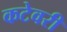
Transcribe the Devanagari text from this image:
कटेवरी